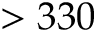
> 3 3 0